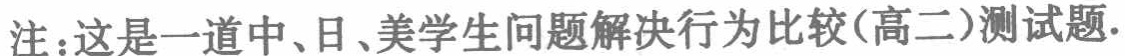
注：这是一道中、日、美学生问题解决行为比较(高二)测试题.